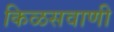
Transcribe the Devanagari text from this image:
किळसवाणी